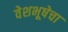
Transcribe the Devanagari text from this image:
वेशभूषेचा